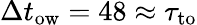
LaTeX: \Delta t_{\textrm{ow}}=48\approx\tau_{\textrm{to}}